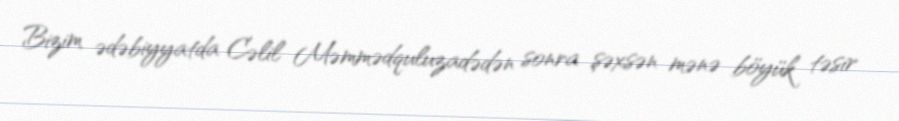
Bizim ədəbiyyatda Cəlil Məmmədquluzadədən sonra şəxsən mənə böyük təsir